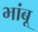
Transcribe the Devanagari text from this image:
भांबू